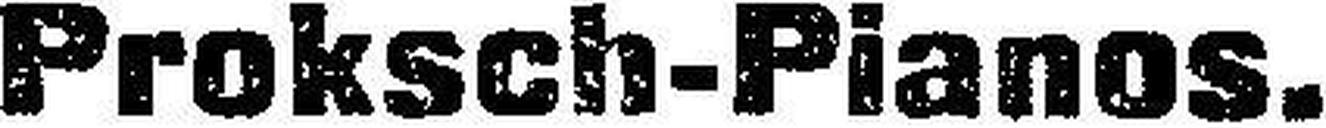
Proksch-Pianos.